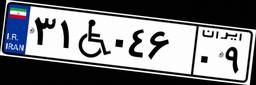
۳۱W۰۴۶۰۹